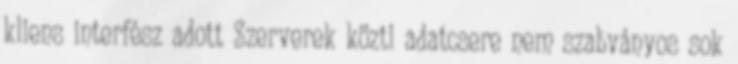
kliens interfész adott Szerverek közti adatcsere nem szabványos sok